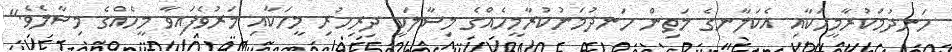
ހަނދުމަކުރާމީހަކާއި އެކަލާނގެ މަތިން ހަނދުމަނުކުރާމީހެއްގެ މިސާލަކީ ދިރިހުރި މީހަކާއި މަރުވެފައިވާ މީހެއްގެ މިސާލެވެ."